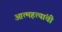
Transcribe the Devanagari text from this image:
आत्महत्यांची